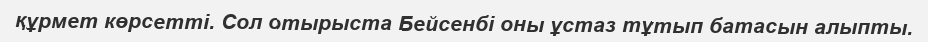
құрмет көрсетті. Сол отырыста Бейсенбі оны ұстаз тұтып батасын алыпты.